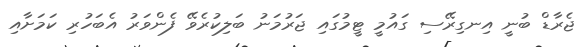
ޖެރާޑް ބުނީ އިނގިރޭސި ގައުމީ ޓީމުގައި ޖަރުމަނު ބަލިކުރެވޭ ފެންވަރު އެބަހުރި ކަމަށާއި